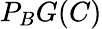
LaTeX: P_{B}G(C)